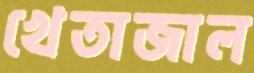
খেতাজাল